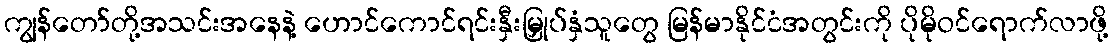
ကျွန်တော်တို့အသင်းအနေနဲ့ ဟောင်ကောင်ရင်းနှီးမြှုပ်နှံသူတွေ မြန်မာနိုင်ငံအတွင်းကို ပိုမိုဝင်ရောက်လာဖို့